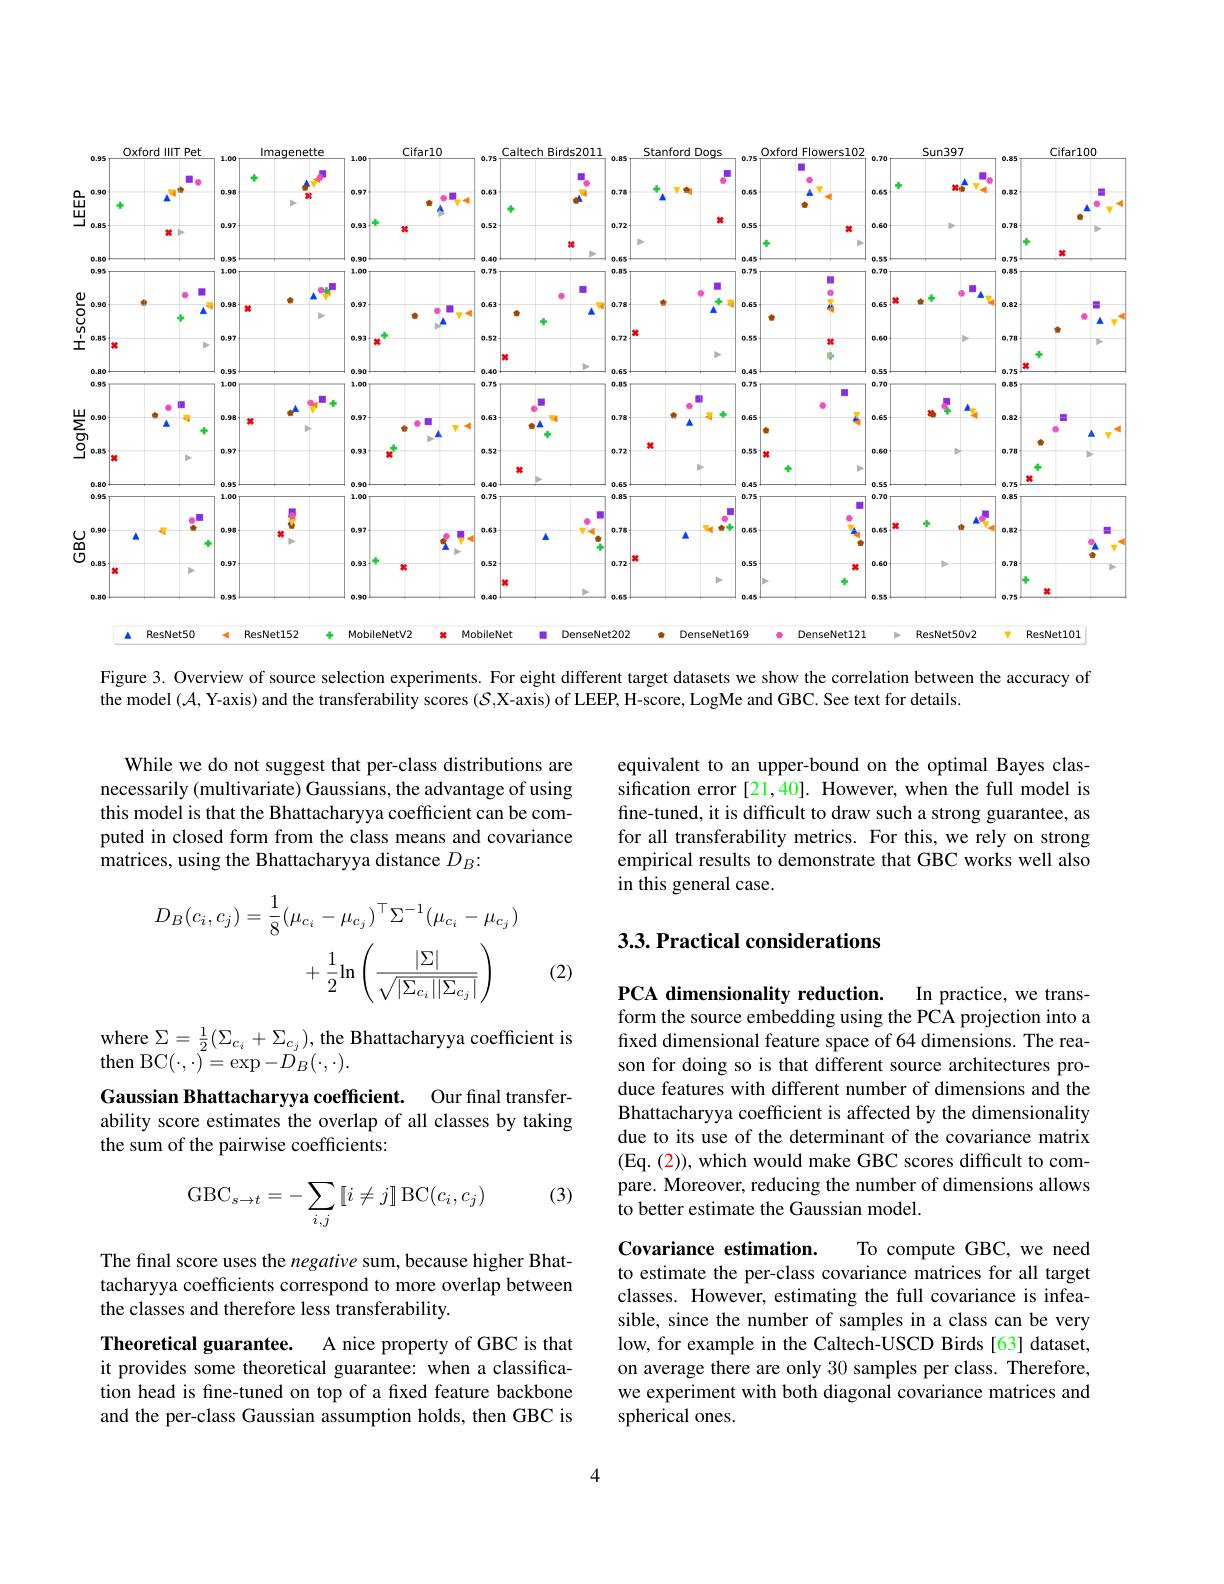
<FigureHere>

Figure 3. Overview of source selection experiments. For eight different target datasets we show the correlation between the accuracy of

the model $(\mathcal{A}$,Y-axis) and the transferability scores ($\mathcal{S}$,X-axis) of LEEP, H-score, LogMe and GBC. See text for details.

While we do not suggest that per-class distributions are necessarily (multivariate) Gaussians, the advantage of using this model is that the Bhattacharyya coefficient can be computed in closed form from the class means and covariance matrices, using the Bhattacharyya distance $D_B:$
$$\begin{aligned}D_{B}(c_{i},c_{j})&=\frac{1}{8}(\mu_{c_{i}}-\mu_{c_{j}})^{\top}\Sigma^{-1}(\mu_{c_{i}}-\mu_{c_{j}})\\&+\frac{1}{2}\ln\left(\frac{|\Sigma|}{\sqrt{|\Sigma_{c_{i}}||\Sigma_{c_{j}}|}}\right)\end{aligned}$$
(2)

where $\Sigma=\frac12(\Sigma_{c_i}+\Sigma_{c_j})$, the Bhattacharyya coefficient is
${\mathrm{then~BC}}(\cdot,\cdot)=\exp-{D}_{B}(\cdot,\cdot).$
Gaussian Bhattacharyya coefficient. Our final transferability score estimates the overlap of all classes by taking the sum of the pairwise coefficients:

(3)
$$\mathrm{GBC}_{s\to t}=-\sum_{i,j}[i\neq j]\operatorname{BC}(c_i,c_j)$$
The final score uses the negative sum, because higher Bhattacharyya coefficients correspond to more overlap between the classes and therefore less transferability.

Theoretical guarantee.
A nice property of GBC is that
it provides some theoretical guarantee: when a classification head is fine-tuned on top of a fixed feature backbone and the per-class Gaussian assumption holds, then GBC is

equivalent to an upper-bound on the optimal Bayes classification error[21,40]. However, when the full model is fine-tuned, it is difficult to draw such a strong guarantee, as for all transferability metrics. For this, we rely on strong empirical results to demonstrate that GBC works well also in this general case.

## 3.3. Practical considerations

PCA dimensionality reduction.
In practice, we trans-
form the source embedding using the PCA projection into a fixed dimensional feature space of 64 dimensions. The reason for doing so is that different source architectures produce features with different number of dimensions and the Bhattacharyya coefficient is affected by the dimensionality due to its use of the determinant of the covariance matrix (Eq. (2)), which would make GBC scores difficult to compare. Moreover, reducing the number of dimensions allows to better estimate the Gaussian model.

## Covariance estimation.

To compute GBC, we need
to estimate the per-class covariance matrices for all target classes. However, estimating the full covariance is infeasible, since the number of samples in a class can be very low, for example in the Caltech-USCD Birds[63] dataset, on average there are only 30 samples per class. Therefore, we experiment with both diagonal covariance matrices and spherical ones.

4